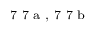
^ \textrm { \scriptsize 7 7 a , 7 7 b }